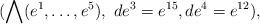
LaTeX: \begin{align*} (\bigwedge(e^1,\ldots,e^5), \ de^3=e^{15}, de^4=e^{12}), \end{align*}